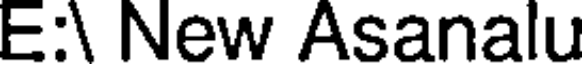
E:\ New Asanalu